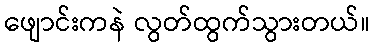
ဖျောင်းကနဲ လွတ်ထွက်သွားတယ်။